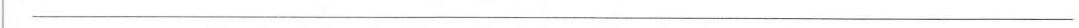
___